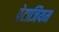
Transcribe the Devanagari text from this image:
पेटाजियम